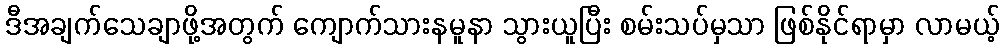
ဒီအချက်သေချာဖို့အတွက် ကျောက်သားနမူနာ သွားယူပြီး စမ်းသပ်မှသာ ဖြစ်နိုင်ရာမှာ လာမယ့်